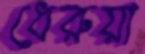
ধেরুয়া